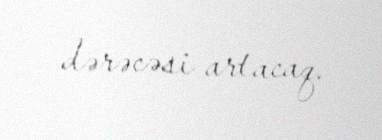
dərəcəsi artacaq.